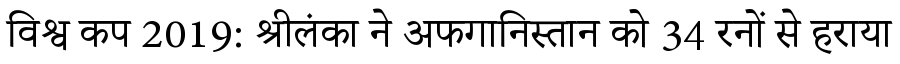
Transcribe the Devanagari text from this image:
विश्व कप 2019: श्रीलंका ने अफगानिस्तान को 34 रनों से हराया